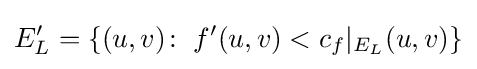
E_{L}'=\{(u,v)\colon \;f'(u,v)<c_{f}|_{E_{L}}(u,v)\}